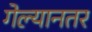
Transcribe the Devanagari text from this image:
गेल्यानतर